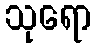
သုရော